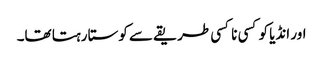
اور انڈیا کو کسی نا کسی طریقے سے کوستا رہتا تھا۔